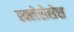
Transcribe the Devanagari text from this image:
स्क्लेरोसेस